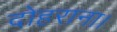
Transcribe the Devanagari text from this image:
दोहराना।